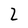
Character: 2